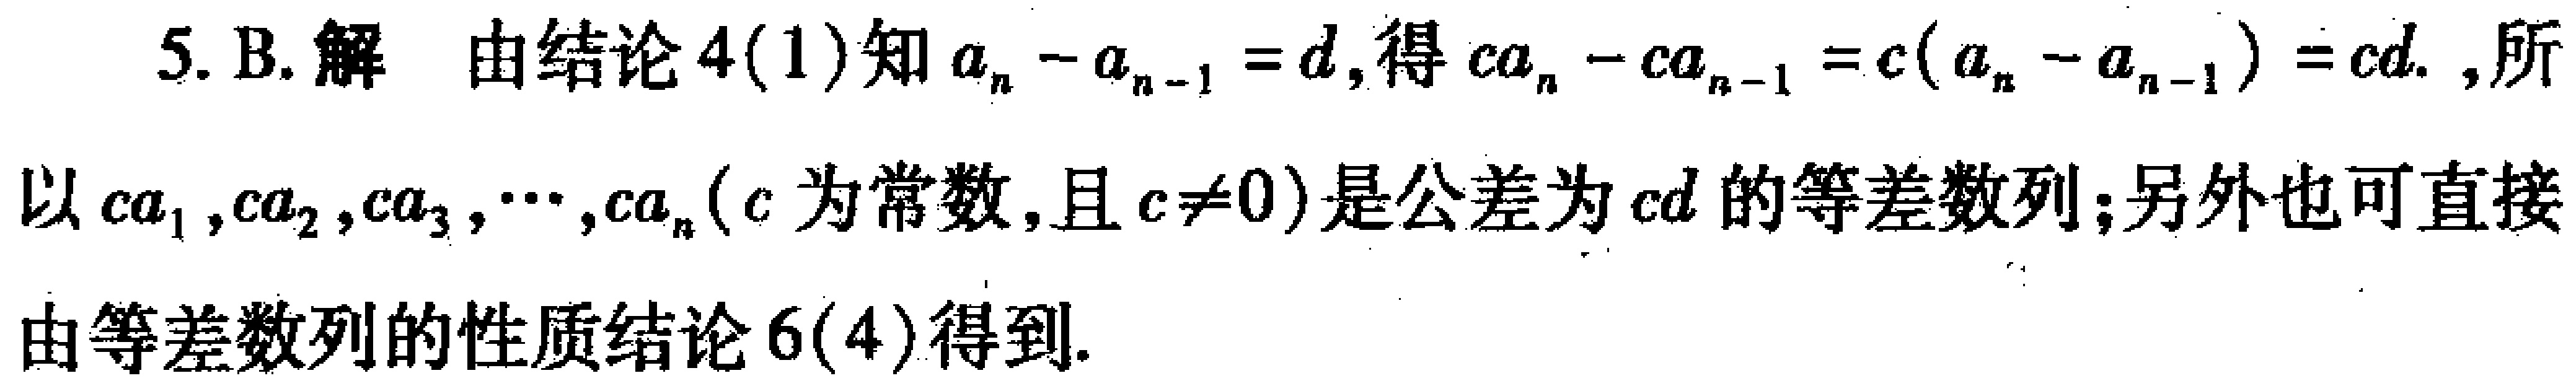
5. B. 解 由结论4(1)知\(a_{n}-a_{n - 1}=d\), 得\(ca_{n}-ca_{n - 1}=c(a_{n}-a_{n - 1}) = cd\), 所以\(ca_{1},ca_{2},ca_{3},\cdots,ca_{n}(c\)为常数,且\(c\neq0)\)是公差为\(cd\)的等差数列；另外也可直接由等差数列的性质结论6(4)得到.